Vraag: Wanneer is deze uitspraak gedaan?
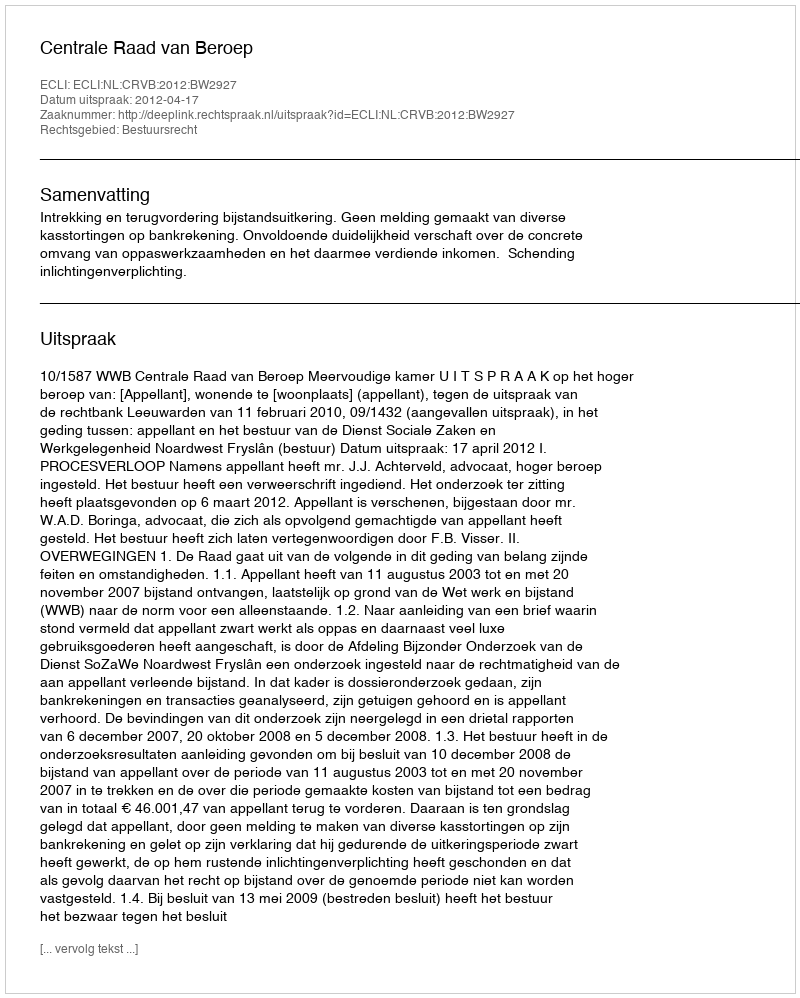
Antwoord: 2012-04-17